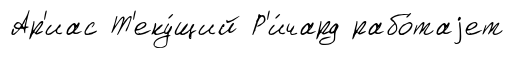
Ар'иас Т'еку́щий Р'и́чард рабо́таjет